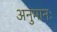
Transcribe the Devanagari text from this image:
अनुमानः